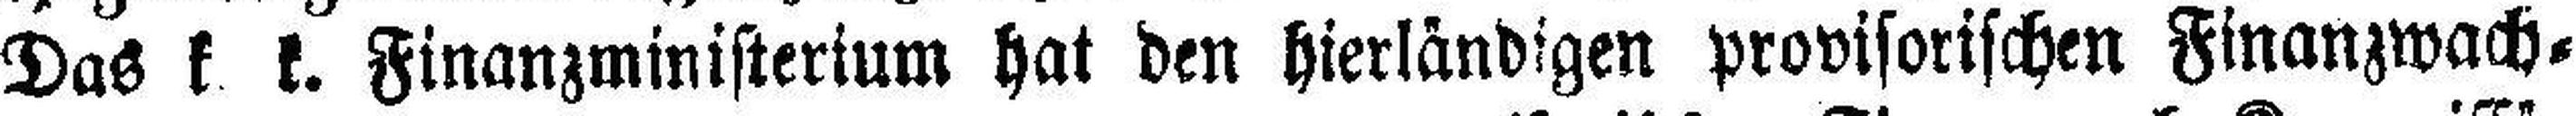
Das k k. Finanzministerium hat den hierländigen provisorischen Finanzwach=